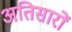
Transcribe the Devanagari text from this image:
अतिसारों